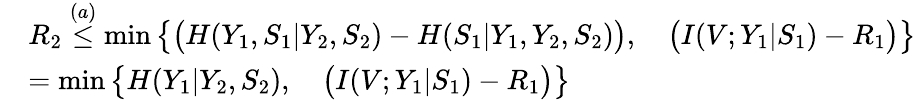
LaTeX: \begin{array}{rl}&{R_{2}\overset{(a)}{\leq}\operatorname*{min}\big\{ \big(H(Y_{1},S_{1}|Y_{2},S_{2})-H(S_{1}|Y_{1},Y_{2},S_{2})\big),\quad\big(I(V;Y_{1}|S_{1})-R_{1}\big)\big\} }\\ &{=\operatorname*{min}\big\{ H(Y_{1}|Y_{2},S_{2}),\quad\big(I(V;Y_{1}|S_{1})-R_{1}\big)\big\} }\end{array}